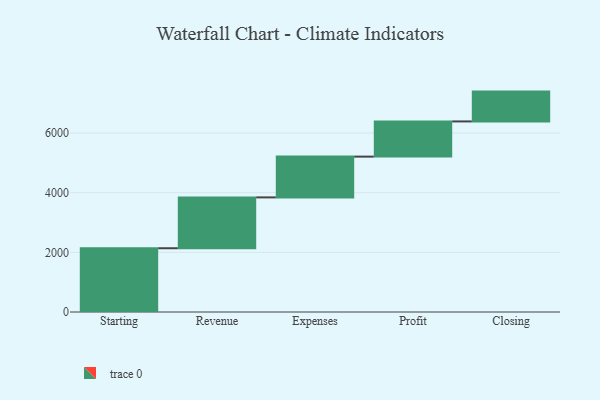
{"axis": {"x": "Step", "y": "Value"}, "legend": [""], "data": [{"x": "Starting", "y": 2138.0, "type": ""}, {"x": "Revenue", "y": 1705.0, "type": ""}, {"x": "Expenses", "y": 1367.0, "type": ""}, {"x": "Profit", "y": 1180.0, "type": ""}, {"x": "Closing", "y": 1000, "type": ""}]}